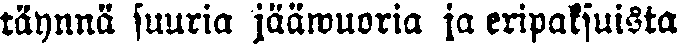
täynnä suuria jääsuoria ja eripaksuista